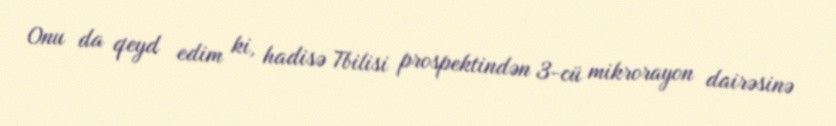
Onu da qeyd edim ki, hadisə Tbilisi prospektindən 3-cü mikrorayon dairəsinə